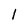
Character: 1